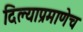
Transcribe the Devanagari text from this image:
दिल्याप्रमाणेच